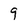
Character: 9